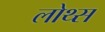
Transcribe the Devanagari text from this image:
लोथ्स